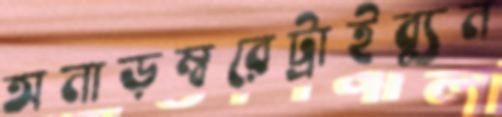
অনাড়ম্বরেট্রাইব্যুন